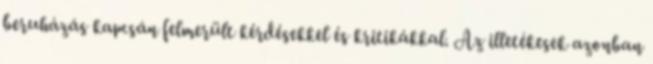
beruházás kapcsán felmerült kérdésekkel és kritikákkal. Az illetékesek azonban